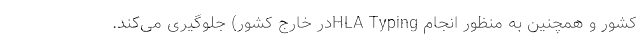
كشور و همچنین به منظور انجام HLA Typingدر خارج كشور) جلوگیری می‌كند.